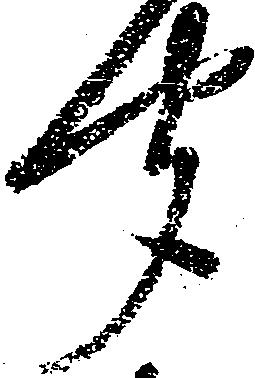
聞